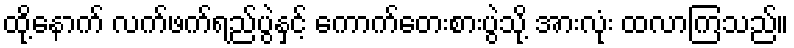
ထို့နောက် လက်ဖက်ရည်ပွဲနှင့် ကောက်တေးစားပွဲသို့ အားလုံး ထလာကြသည်။